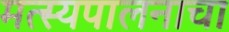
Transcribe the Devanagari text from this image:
मत्स्यपालनाचा